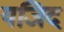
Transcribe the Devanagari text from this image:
यजिद